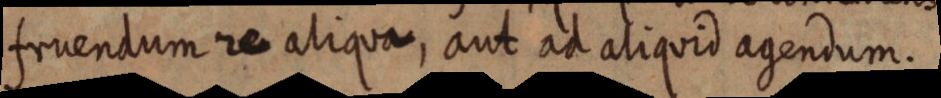
fruendum re aliqua, aut ad aliquid agendum.